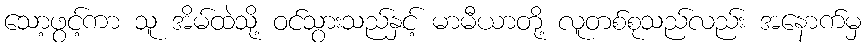
သော့ဖွင့်ကာ သူ အိမ်ထဲသို့ ဝင်သွားသည်နှင့် မာမီယာတို့ လူတစ်စုသည်လည်း အနောက်မှ